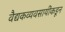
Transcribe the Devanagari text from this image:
वैद्यकव्यवसायींकडून